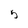
Character: 5